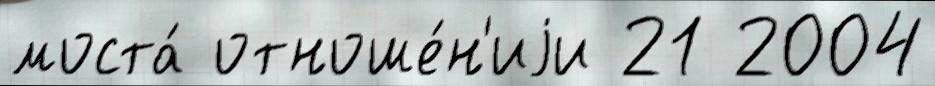
моста́ отноше́н'иjи 21 2004